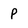
Character: p